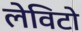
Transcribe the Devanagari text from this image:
लेविटो